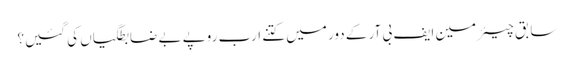
سابق چیئرمین ایف بی آر کے دور میں کتنے ارب روپے بے ضابطگیاں کی گئیں؟